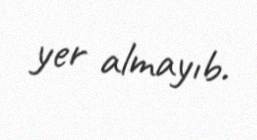
yer almayıb.